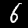
Digit: 6